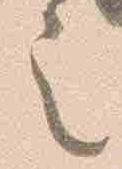
言